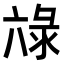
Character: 𭁖